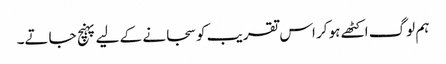
ہم لوگ اکٹھے ہو کر اس تقریب کو سجانے کے لیے پہنچ جاتے۔